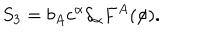
S _ { 3 } = b _ { A } c ^ { \alpha } \delta _ { \alpha } F ^ { A } ( \phi ) .